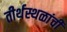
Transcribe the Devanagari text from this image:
तीर्थस्थळांची